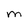
Character: M